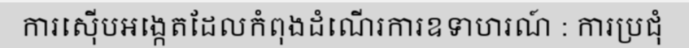
ការស៊ើបអង្កេតដែលកំពុងដំណើរការឧទាហរណ៍ : ការប្រជុំ